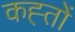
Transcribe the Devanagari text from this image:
कह्तों